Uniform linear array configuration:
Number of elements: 32
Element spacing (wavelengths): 0.75
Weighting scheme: blackman
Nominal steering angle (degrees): -45
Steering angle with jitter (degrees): -45.098
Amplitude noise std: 0.05
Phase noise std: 0.05

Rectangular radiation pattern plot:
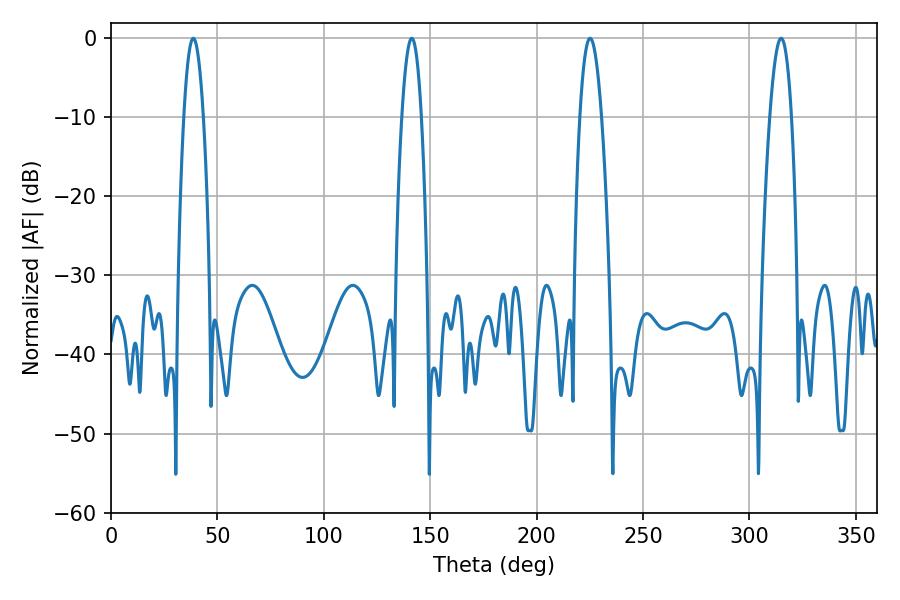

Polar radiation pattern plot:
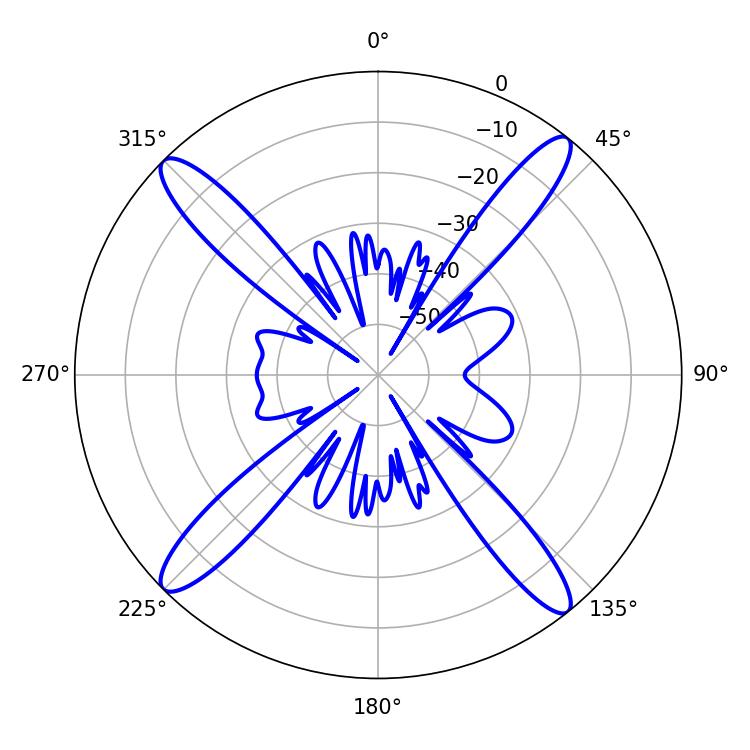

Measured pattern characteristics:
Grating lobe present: TRUE
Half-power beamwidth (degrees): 5.04
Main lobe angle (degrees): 38.7